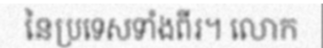
នៃប្រទេសទាំងពីរ។ លោក